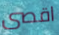
اقصى